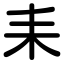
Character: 耒